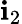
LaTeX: \mathbf{i}_{2}